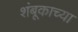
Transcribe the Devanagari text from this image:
शंबूकाच्या